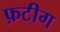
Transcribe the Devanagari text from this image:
फ़टीग